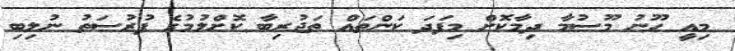
މިއީ ހޫނު މޫސުމާ ދިމާކޮށް މިފަދަ ކަންތައް ތަޖުރިބާ ކޮށްލުމުގެ ފުރުސަތު ނުލިބި